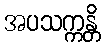
အပသက္ကန္တိ